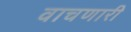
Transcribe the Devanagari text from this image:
वाचणारी